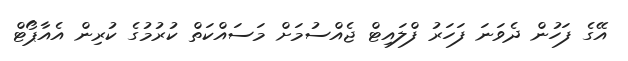
އޭގެ ފަހުން ދެވަނަ ފަހަރު ފްލައިޓް ޖެއްސުމަށް މަސައްކަތް ކުރުމުގެ ކުރިން އެއާޕޯޓް